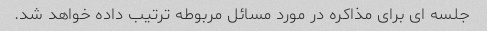
جلسه ای برای مذاکره در مورد مسائل مربوطه ترتیب داده خواهد شد.